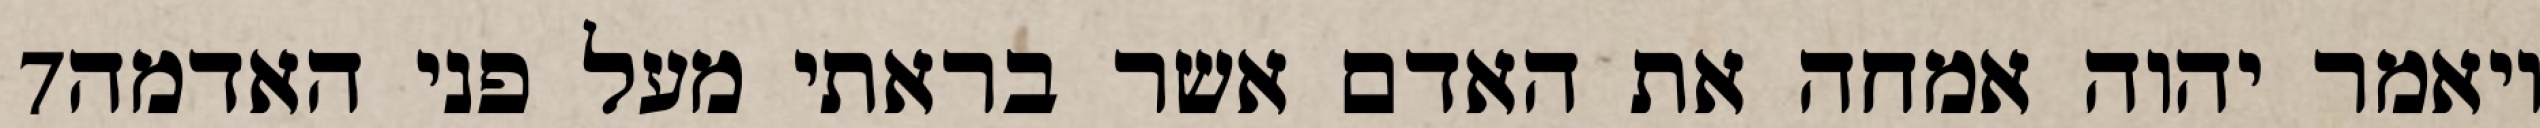
‎7‏ ויאמר יהוה אמחה את האדם אשר בראתי מעל פני האדמה